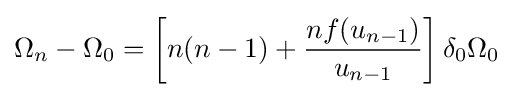
\Omega _{n}-\Omega _{0}=\left[n(n-1)+{\frac {nf(u_{n-1})}{u_{n-1}}}\right]\delta _{0}\Omega _{0}